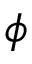
\phi